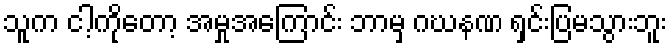
သူက ငါ့ကိုတော့ အမှုအကြောင်း ဘာမှ ဂဃနဏ ရှင်းပြမသွားဘူး